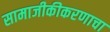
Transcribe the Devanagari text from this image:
सामाजीकीकरणाचा